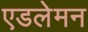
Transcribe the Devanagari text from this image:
एडलेमन